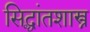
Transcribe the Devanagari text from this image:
सिद्धांतशास्त्र